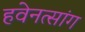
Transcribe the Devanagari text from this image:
हवेनत्सांग